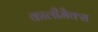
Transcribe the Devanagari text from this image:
कालीमैक्स